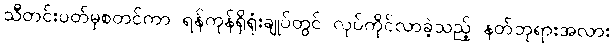
သီတင်းပတ်မှစတင်ကာ ရန်ကုန်ရှိရုံးချုပ်တွင် လုပ်ကိုင်လာခဲ့သည့် နတ်ဘုရားအလား